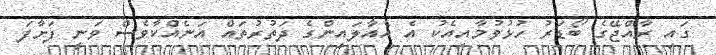
ގައި ރާއްޖޭގެ ބޯޑަރު ހުޅުވުމާއިއެކު އެ އެއާލައިންގެ ދަތުރުތައް އަނެއްކާވެސް ވަނީ ފަށާފަ